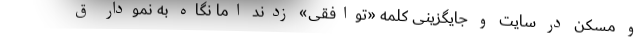
و مسکن در سایت و جایگزینی کلمه «توافقی» زدند اما نگاه به نمودار ق